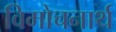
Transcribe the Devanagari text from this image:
विमोचनार्थ